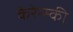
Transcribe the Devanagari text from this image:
केरेन्स्की